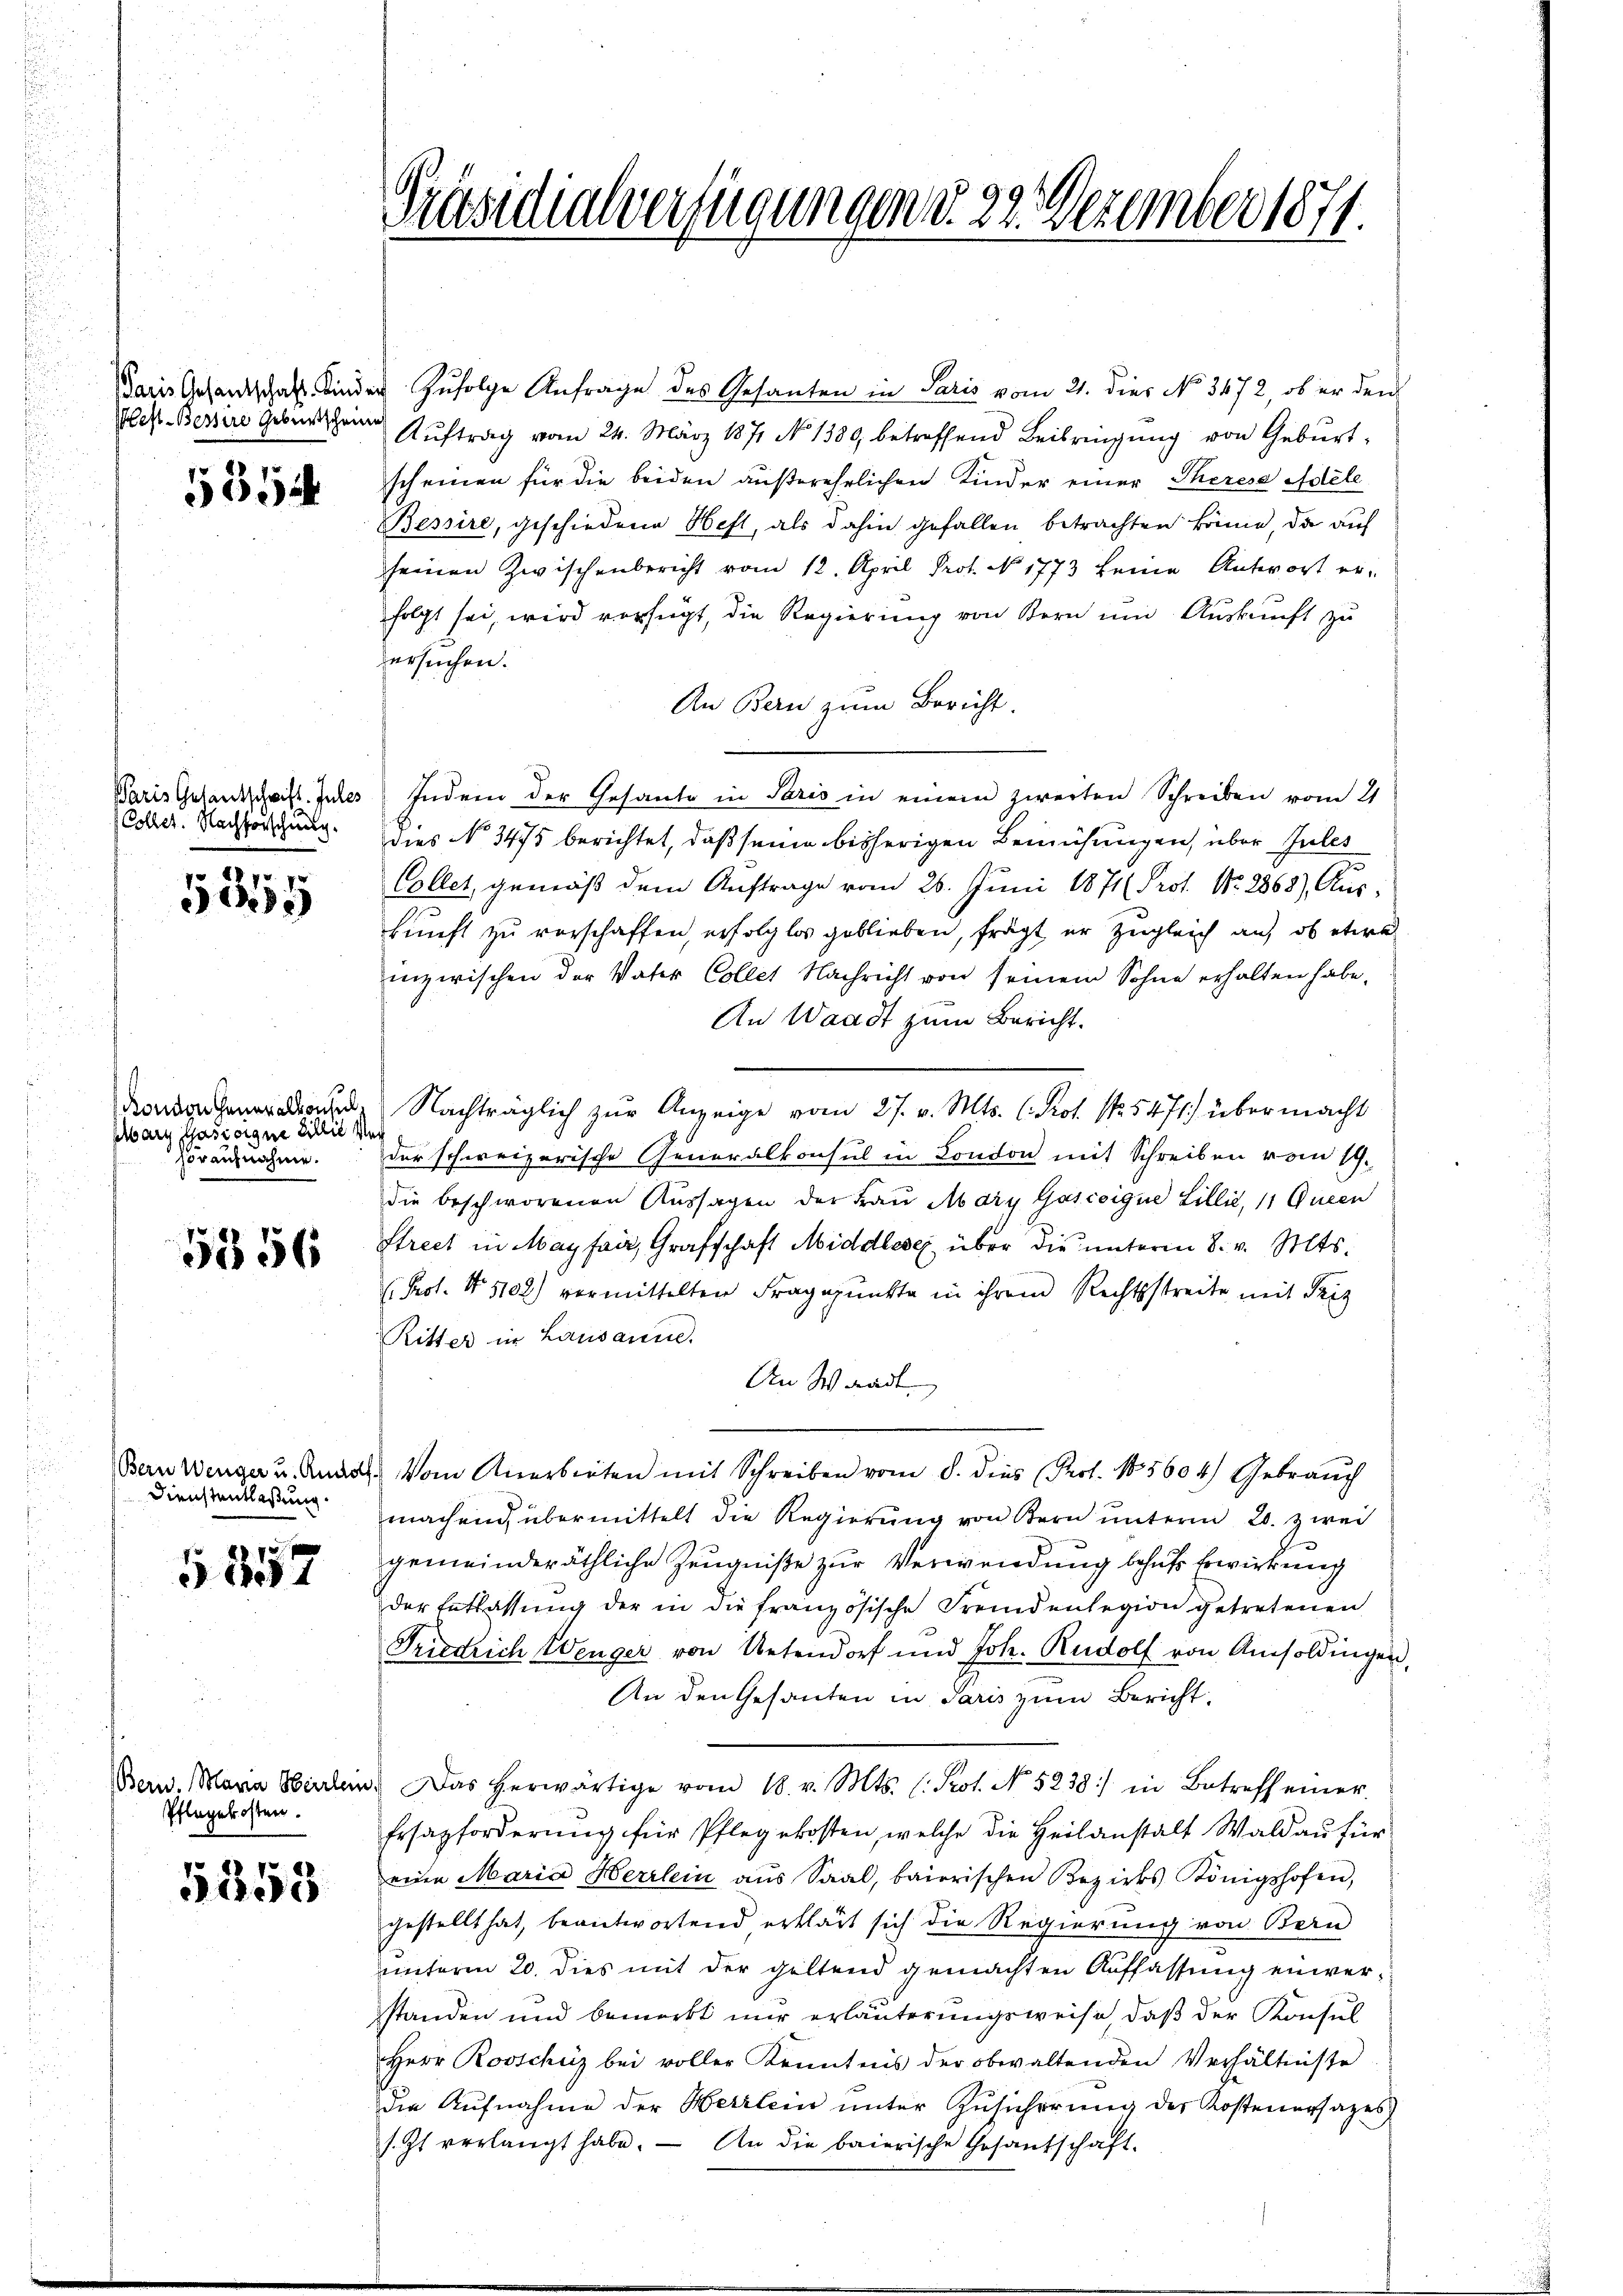
Paris Gesandtschaft. Kinde
Plest-Bessire Geburtschein

5554

Paris Gesantschrift. Jules
(Collet. Nachforschung.

5355

s
Rondon Generalkonsel.
schbarg Gasisigen Billig f
horaufnahme.

5356

Bern Wenger u. Rudolf
Dienstentlaßung

§ 11

Bern. Maria Herrlem
Pflegekosten.

5853

Präsidialverfügungen d. 22. Dezember 1871.

u. Zufolge Anfrage des Gesanten in Paris vom 21. dies No 3472, ob er den
Aŭftrag vom 24. März 1871 No 1380, betreffend Beibringŭng von Gebŭrt-
scheinen für die beiden außerehrlichen Kinder einer Therese Adele
Bessire, geschiedene Heft, als dahin gefallen betrachten könne, da auf
seinen Zwischenbericht vom 12. April Prot. No 1773 keine Antwort erfolgt sei, wird verfügt, die Regierung von Bern und Auskunft zu
ersuchen.
An Bern zum Bericht.
Indem der Gesante in Paris in einem zweiten Schreiben vom 21
dies No 3475 berichtet, daß seine bisherigen Bemühungen, über Jules
Collet, gemäß dem Auftrage vom 26. Juni 1871 Prot. No. 2868) Aus-
kunft zu verschaffen, erfolglos geblieben, frägt er zugleich auf ob etwa
inzwischen der Vater Collet Nachricht von seinem Sohne erhalten habe.
An Waadt zum Bericht.
Nachträglich zŭr Anzeige vom 27. v. Mts. (Prot. No. 5471) über macht
der schweizerische Generalkonsul in London mit Schreiben vom 19.
die beschworenen Aussagen der Frau Abdry Gascoigne Lillić, 11 Queen
Street in May fair, Grafschaft Middlese über die unterm 8. v. Mts.
Prot. No 1102) vormittelten Fragepunkte in ihrem Rechtsstreite mit Friz
Ritter in Lausanne.
An Waadt
Vom Anerbieten mit Schreiben vom 8. dies (Pert. 15604) Gebrauch
machend, übermittelt die Regierung von Bern unterm 20. zwei
gemeinderäthliche Zeugniße zur Verwendung behufs Erwirkung
der Entlassŭng der in die französische Fremdenlegion getretenen
Friedrich Wenger von Untendorf und Joh. Rudolf von Amsoldingen,
An den Gesanten in Paris zum Bericht
Das herwärtige vom 18. v. Mts. (: Prot. No. 5238:/ in Betreff einer
Ersatzforderŭng für Pflegekosten, welche die Heilanstalt Wald aŭ für
eine Maria Herrlein aus Saal, baierischen Bezirks Königshofen,
gestellt hat, beantwortend erklärt sich die Regierung von Bern
unterm 20. dies mit der geltend gemachten Auffassung einverstanden und bemerkt nur erläuterungsweise, daß der Konsul
Herr Rosschüz bei voller Kenntnis der obwaltenden Verhältnisse
die Aufnahme der Herrlein unter Zusicherung der Kostenersatzes,
s. Zt. verlangt habe. An die baierische Gesantschaft-